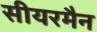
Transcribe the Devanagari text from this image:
सीयरमैन